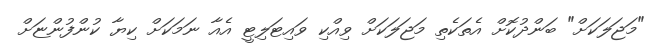
"މަޖަލަކަށް" ބަންދުކޮށް އެތަކެތި މަޖަލަކަށް ވިއްކި ވައިޓަލިޓީ އެއާ ނަމަކަށް ކިޔާ ކުންފުންޏަށް